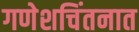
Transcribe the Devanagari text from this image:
गणेशचिंतनात